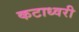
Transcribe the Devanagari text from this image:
कटाध्वरी